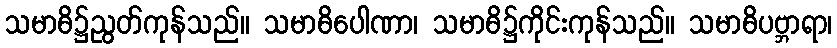
သမာဓိ၌ညွတ်ကုန်သည်။ သမာဓိပေါဏာ၊ သမာဓိ၌ကိုင်းကုန်သည်။ သမာဓိပဗ္ဘာရာ၊